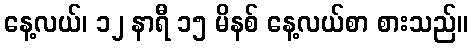
နေ့လယ်၊ ၁၂ နာရီ ၁၅ မိနစ် နေ့လယ်စာ စားသည်။